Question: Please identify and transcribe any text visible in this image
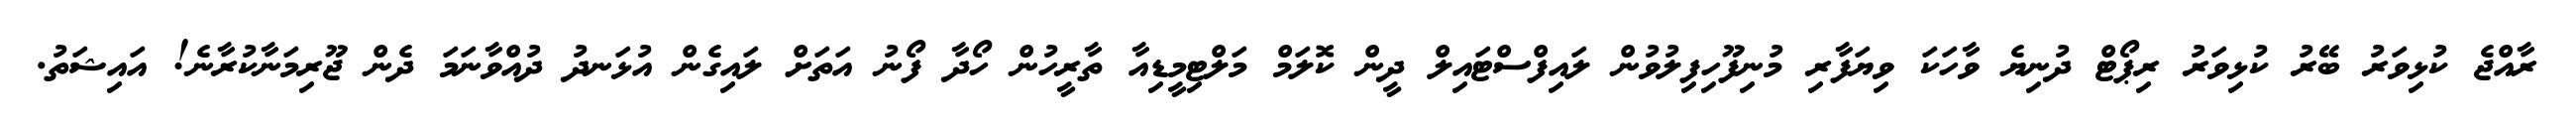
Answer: ރާއްޖެ ކުޅިވަރު ބޭރު ކުޅިވަރު ރިޕޯޓް ދުނިޔެ ވާހަކަ ވިޔަފާރި މުނިފޫހިފިލުވުން ލައިފްސްޓައިލް ދީން ކޮލަމް މަލްޓިމީޑިއާ ތާރީހުން ހޯދާ ފޯނު އަތަށް ލައިގެން އުޅަނދު ދުއްވާނަމަ ދެން ޖޫރިމަނާކުރާނެ! އައިޝަތު.